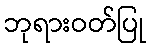
ဘုရားဝတ်ပြု